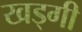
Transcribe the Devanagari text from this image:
खड्गी